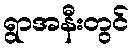
ရွာအနီးတွင်